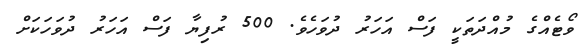
ވޯޓެއްގެ މުއްދަތަކީ ފަސް އަހަރު ދުވަހެވެ. 500 ރުފިޔާ ފަސް އަހަރު ދުވަހަކަށް